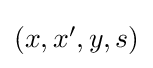
\textstyle (x,x',y,s)